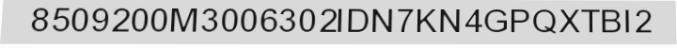
8509200M3006302IDN7KN4GPQXTBI2